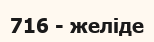
716 - желіде